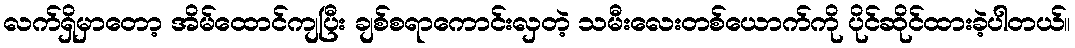
လက်ရှိမှာတော့ အိမ်ထောင်ကျပြီး ချစ်စရာကောင်းလှတဲ့ သမီးလေးတစ်ယောက်ကို ပိုင်ဆိုင်ထားခဲ့ပါတယ်။